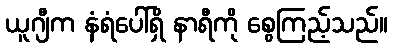
ယူဂျီက နံရံပေါ်ရှိ နာရီကို စွေကြည့်သည်။